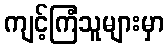
ကျင့်ကြံသူများမှာ